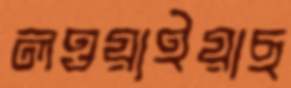
লওয়াইয়াছ